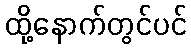
ထို့နောက်တွင်ပင်